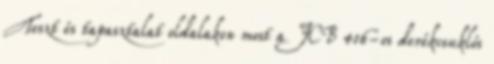
Teszt és tapasztalat oldalakon most a JCB 416-os derékcsuklós